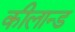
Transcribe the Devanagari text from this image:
कीलान्ड